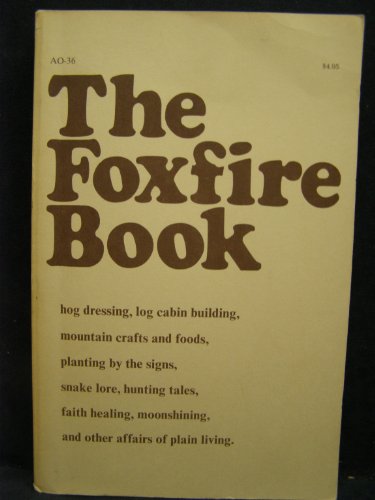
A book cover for The Foxfire Book: Hog Dressing; Log Cabin Building; Mountain Crafts and Foods; Planting by the Signs; Snake Lore, Hunting Tales, Faith H; Politics & Social Sciences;